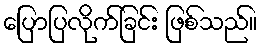
ပြောပြလိုက်ခြင်း ဖြစ်သည်။